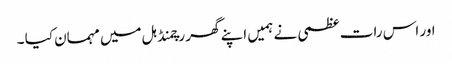
اور اس رات عظمی نے ہمیں اپنے گھر رچمنڈ ہل میں مہمان کیا ۔